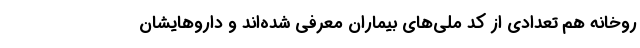
روخانه هم تعدادی از کد ملی‌های بیماران معرفی شده‌اند و داروهایشان